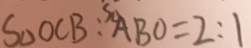
S _ { \Delta } O C B : ^ { S _ { \Delta } } A B O = 2 : 1